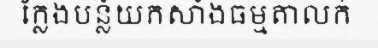
ក្លែងបន្លំយកសាំងធម្មតាលក់